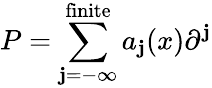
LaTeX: P=\sum_{\mathbf{j}=-\infty}^{\mathrm{{finite}}}a_{\mathbf{j}}(x)\partial^{\mathbf{j}}